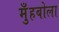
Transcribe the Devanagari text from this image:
मुँहबोला